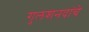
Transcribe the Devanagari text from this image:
गुलशनदांचे